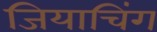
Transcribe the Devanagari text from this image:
जियाचिंग